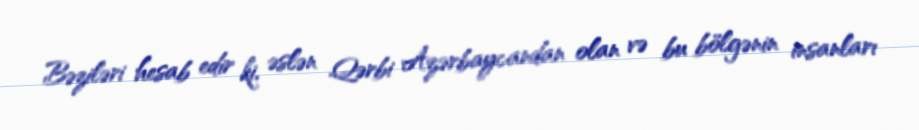
Bəziləri hesab edir ki, əslən Qərbi Azərbaycandan olan və bu bölgənin insanları